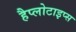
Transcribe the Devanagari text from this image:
हैप्लोटाइप्स